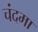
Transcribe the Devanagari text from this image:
चंदमा